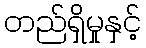
တည်ရှိမှုနှင့်